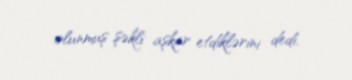
olunmuş şəkli aşkar etdiklərini dedi.